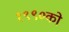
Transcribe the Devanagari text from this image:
१९९०को